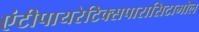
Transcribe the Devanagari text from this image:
एंटीपायरेटिक्सपारासिटामोल